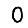
Digit: 0